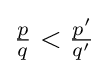
{\tfrac {p}{q}}<{\tfrac {p'}{q'}}